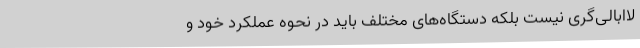
لاابالی‌گری نیست بلکه دستگاه‌های مختلف باید در نحوه عملکرد خود و